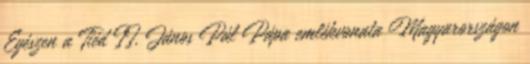
Egészen a Tiéd II. János Pál Pápa emlékvonata Magyarországon